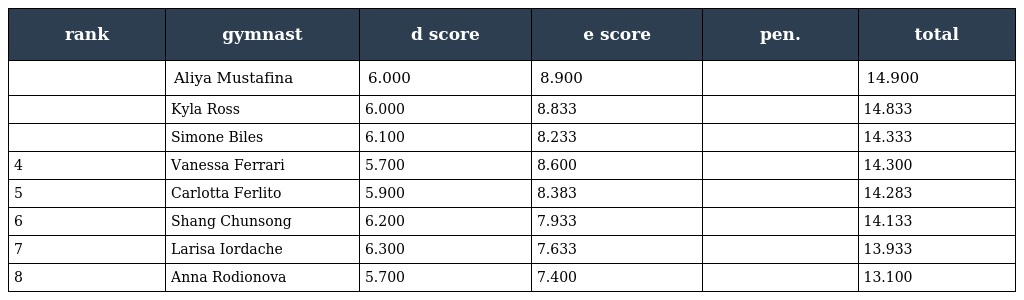
| rank | gymnast | d score | e score | pen. | total |
 | --- | --- | --- | --- | --- | --- |
 |  | Aliya Mustafina | 6.000 | 8.900 |  | 14.900 |
 |  | Kyla Ross | 6.000 | 8.833 |  | 14.833 |
 |  | Simone Biles | 6.100 | 8.233 |  | 14.333 |
 | 4 | Vanessa Ferrari | 5.700 | 8.600 |  | 14.300 |
 | 5 | Carlotta Ferlito | 5.900 | 8.383 |  | 14.283 |
 | 6 | Shang Chunsong | 6.200 | 7.933 |  | 14.133 |
 | 7 | Larisa Iordache | 6.300 | 7.633 |  | 13.933 |
 | 8 | Anna Rodionova | 5.700 | 7.400 |  | 13.100 |